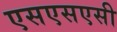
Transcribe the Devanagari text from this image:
एसएसएसी